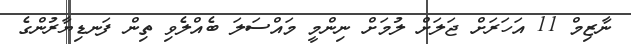
ނާޒިމް 11 އަހަރަށް ޖަލަށް ލުމަށް ނިންމީ މައްސަލަ ބެއްލެވި ތިން ފަނޑިޔާރުންގެ